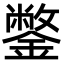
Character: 鐅